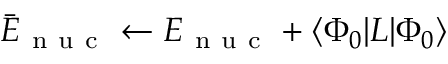
\begin{array} { r } { \bar { E } _ { \mathrm { ~ n ~ u ~ c ~ } } \leftarrow E _ { \mathrm { ~ n ~ u ~ c ~ } } + \langle { \Phi _ { 0 } } | L | { \Phi _ { 0 } } \rangle } \end{array}